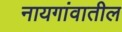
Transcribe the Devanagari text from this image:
नायगांवातील